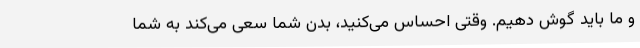
و ما باید گوش دهیم. وقتی احساس می‌کنید، بدن شما سعی می‌کند به شما